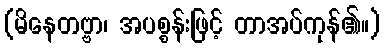
(မိနေတဗ္ဗာ၊ အပစ္စန်းဖြင့် တာအပ်ကုန်၏။)